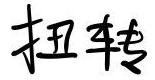
扭转